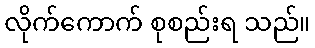
လိုက်ကောက် စုစည်းရ သည်။